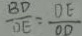
\frac { B D } { D E } = \frac { D E } { O D }